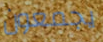
يجمعون